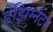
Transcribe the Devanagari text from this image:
डेझिग्नेटर